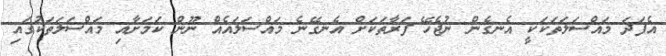
އެފަދަ މައްސަލަތަކަކީ އެނގެން ނުޖެހޭ ފަރާތަކަށް އެނގޭނެ މައްސަލައެއް ނޫން ކަމަށާއި މައްސަލަތަކުގައި